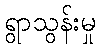
ရွာသွန်းမှု